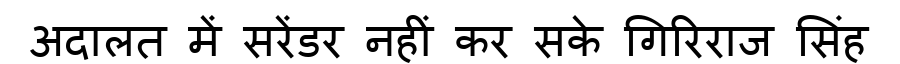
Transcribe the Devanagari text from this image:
अदालत में सरेंडर नहीं कर सके गिरिराज सिंह